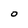
Character: 0